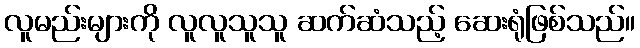
လူမည်းများကို လူလူသူသူ ဆက်ဆံသည့် ဆေးရုံဖြစ်သည်။